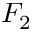
F _ { 2 }